Report by Surgeon-Captain Childe, I.M.S. - Part II
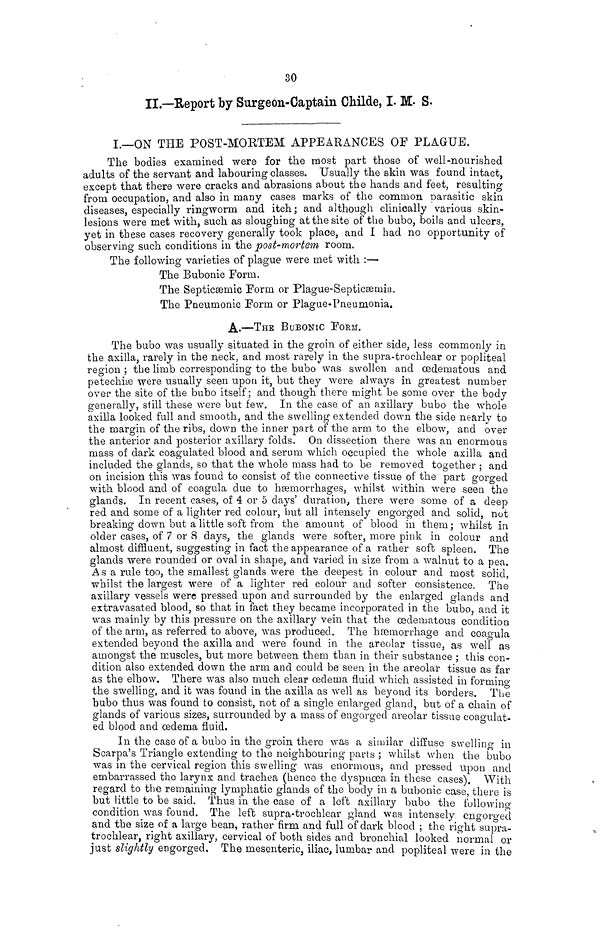
30
II.—Report by Surgeon-Captain Childe, I. M. S.
I.—ON THE POST-MORTEM APPEARANCES OF PLAGUE.
The bodies examined were for the most part those of well-nourished
adults of the servant and labouring classes. Usually the skin was found intact,
except that there were cracks and abrasions about the hands and feet, resulting
from occupation, and also in many cases marks of the common parasitic skin
diseases, especially ringworm and itch; and although clinically various skin-
lesions were met with, such as sloughing at the site of the bubo, boils and ulcers,
yet in these cases recovery generally took place, and I had no opportunity of
observing such conditions in the post-mortem room.
The following varieties of plague were met with :—
The Bubonic Form.
The Septicsernic Form or Plague-Septiceemia.
The Pneumonic Form or Plague-Pneumonia.
A.—THE BUBONIC FORM.
The bubo was usually situated in the groin of either side, less commonly in
the axilla, rarely in the neck, and most rarely in the supra-trochlear or popliteal
region ; the limb corresponding to the bubo was swollen and œdematous and
petechiae were usually seen upon it, but they were always in greatest number
over the site of the bubo itself; and though there might be some over the body
generally, still these were but few. In the case of an axillary bubo the whole
axilla looked full and smooth, and the swelling extended down the side nearly to
the margin of the ribs, down the inner part of the arm to the elbow, and over
the anterior and posterior axillary folds. On dissection there was an enormous
mass of dark coagulated blood and serum which occupied the whole axilla and
included the glands, so that the whole mass had to be removed together ; and
on incision this was found to consist of the connective tissue of the part gorged
with blood and of coagula due to haemorrhages, whilst within were seen the
glands. In recent cases, of 4 or 5 days' duration, there were some of a deep
red and some of a lighter red colour, but all intensely engorged and solid, not
breaking down but a little soft from the amount of blood in them ; whilst in
older cases, of 7 or 8 days, the glands were softer, more pink in colour and
almost diffluent, suggesting in fact the appearance of a rather soft spleen. The
glands were rounded or oval in shape, and varied in size from a walnut to a pea.
As a rule too, the smallest glands were the deepest in colour and most solid,
whilst the largest were of a lighter red colour and softer consistence. The
axillary vessels were pressed upon and surrounded by the enlarged glands and
extravasated blood, so that in fact they became incorporated in the bubo, and it
was mainly by this pressure on the axillary vein that the œdematous condition
of the arm, as referred to above, was produced. The haemorrhage and coapula
extended beyond the axilla and were found in the areolar tissue, as well as
amongst the muscles, but more between them than in their substance ; this con-
dition also extended down the arm and could be seen in the areolar tissue as far
as the elbow. There was also much clear oedema fluid which assisted in forrnino-
the swelling, and it was found in the axilla as well as beyond its borders. The
bubo thus was found to consist, not of a single enlarged gland, but of a chain of
glands of various sizes, surrounded by a mass of engorged areolar tissue coagulat-
ed blood and œdema fluid.
In the case of a bubo in the groin there was a similar diffuse swelling in
Scarpa's Triangle extending to the neighbouring parts ; whilst when the bubo
was in the cervical region this swelling was enormous, and pressed upon and
embarrassed the larynx and trachea (hence the dyspnoea in these cases). With
regard to the remaining lymphatic glands of the body in a bubonic case, there is
but little to be said. Thus in the case of a left axillary bubo the following
conditionnas found. The left supra-trochlear gland was intensely engoro-ed
and the size of a large bean, rather firm and full of dark blood ; the right supra-
trochlear, right axillary, cervical of both sides and bronchial looked normal or
just slightly engorged. The mesenteric, iliac, lumbar and popliteal were in the